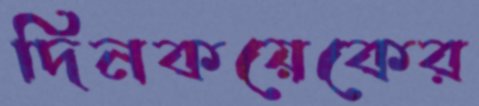
দিনকয়েকের